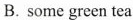
B. some green tea